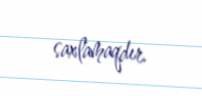
saxlamaqdır.